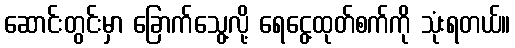
ဆောင်းတွင်းမှာ ခြောက်သွေ့လို့ ရေငွေ့ထုတ်စက်ကို သုံးရတယ်။